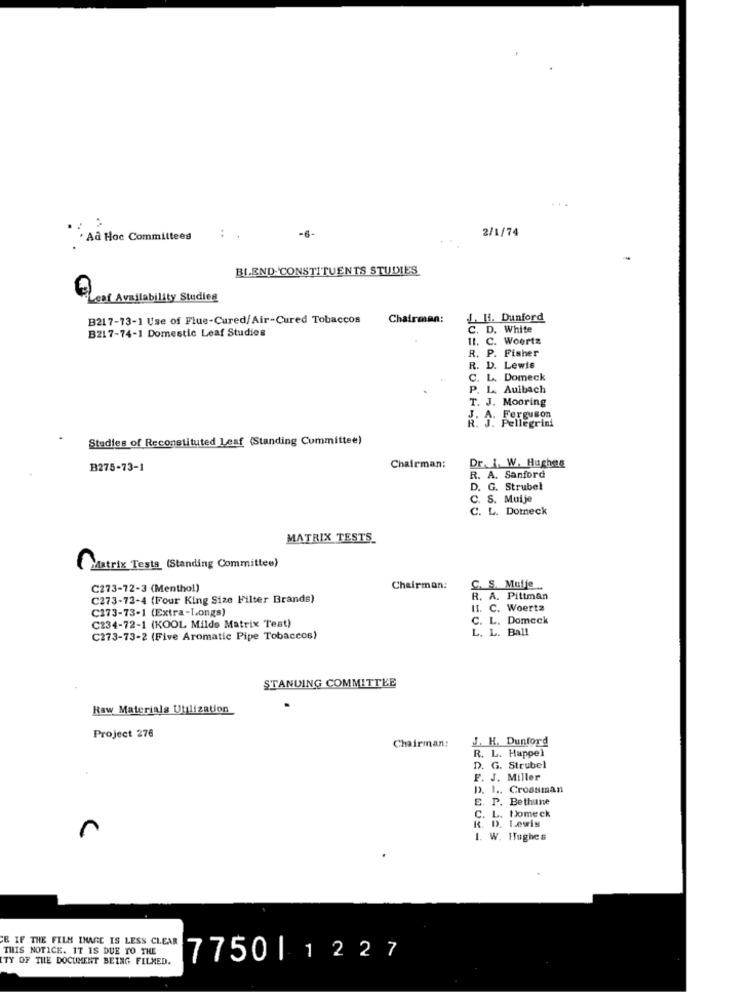
2/1/74
. Ad Hoc Committees
: .
-6-
BLEND CONSTITUENTS STUDIES
Leaf Availability Studien
B217-73-1 Use of Flue-Cured/Air-Cured Tobaccos
Chairman:
L. Hi. Dunford
B217-74-1 Domestic Leaf Studies
C. D. White
1t. C. Woerts
R. P. Fisher
R. D. Lewis
C. L. Domeck
P. L. Auibach
T. J. Mooring
J. A. Ferguson
R. J. Pellegrini
Stadies of Reconstituted Leaf (Standing Committee)
B275-73-1
Chairman:
Dr. 1. W. Hughes
R. A. Sanford
D. G. Strubel
C. S. Muije
C. L. Dotneck
MATRIX TESTS_
Matrix Tests (Standing Committee)
C273-72-3 (Menthol)
Chairman:
C. S. Mutje ..
C273-72-4 (Four King Size Filter Brands)
R. A. Pittman
C273-73-1 (Extra-Longs)
II. C. Woertz
C. L. Domeck
C234-72-1 (KOOL Milde Matrix Test)
L. L. Ball
C273-73-2 (Five Aromatic Pipe Tobaccos)
STANDING COMMITTEE
Raw Materials Utilization
Project 276
J. H. Dunford
Chairman:
R. L. Happel
D. G. Strubel
F. J. Miller
D. I .. Crossman
E. P. Bethune
C. L. Nomeck
R. D. Lewis
1. W. Hughes
& IF THE FILM IMAGE IS LESS CLEAR
THIS NOTICE. IT IS DUE TO THE
TY OF THE DOCUMENT BEING FILMED.
7750|1227